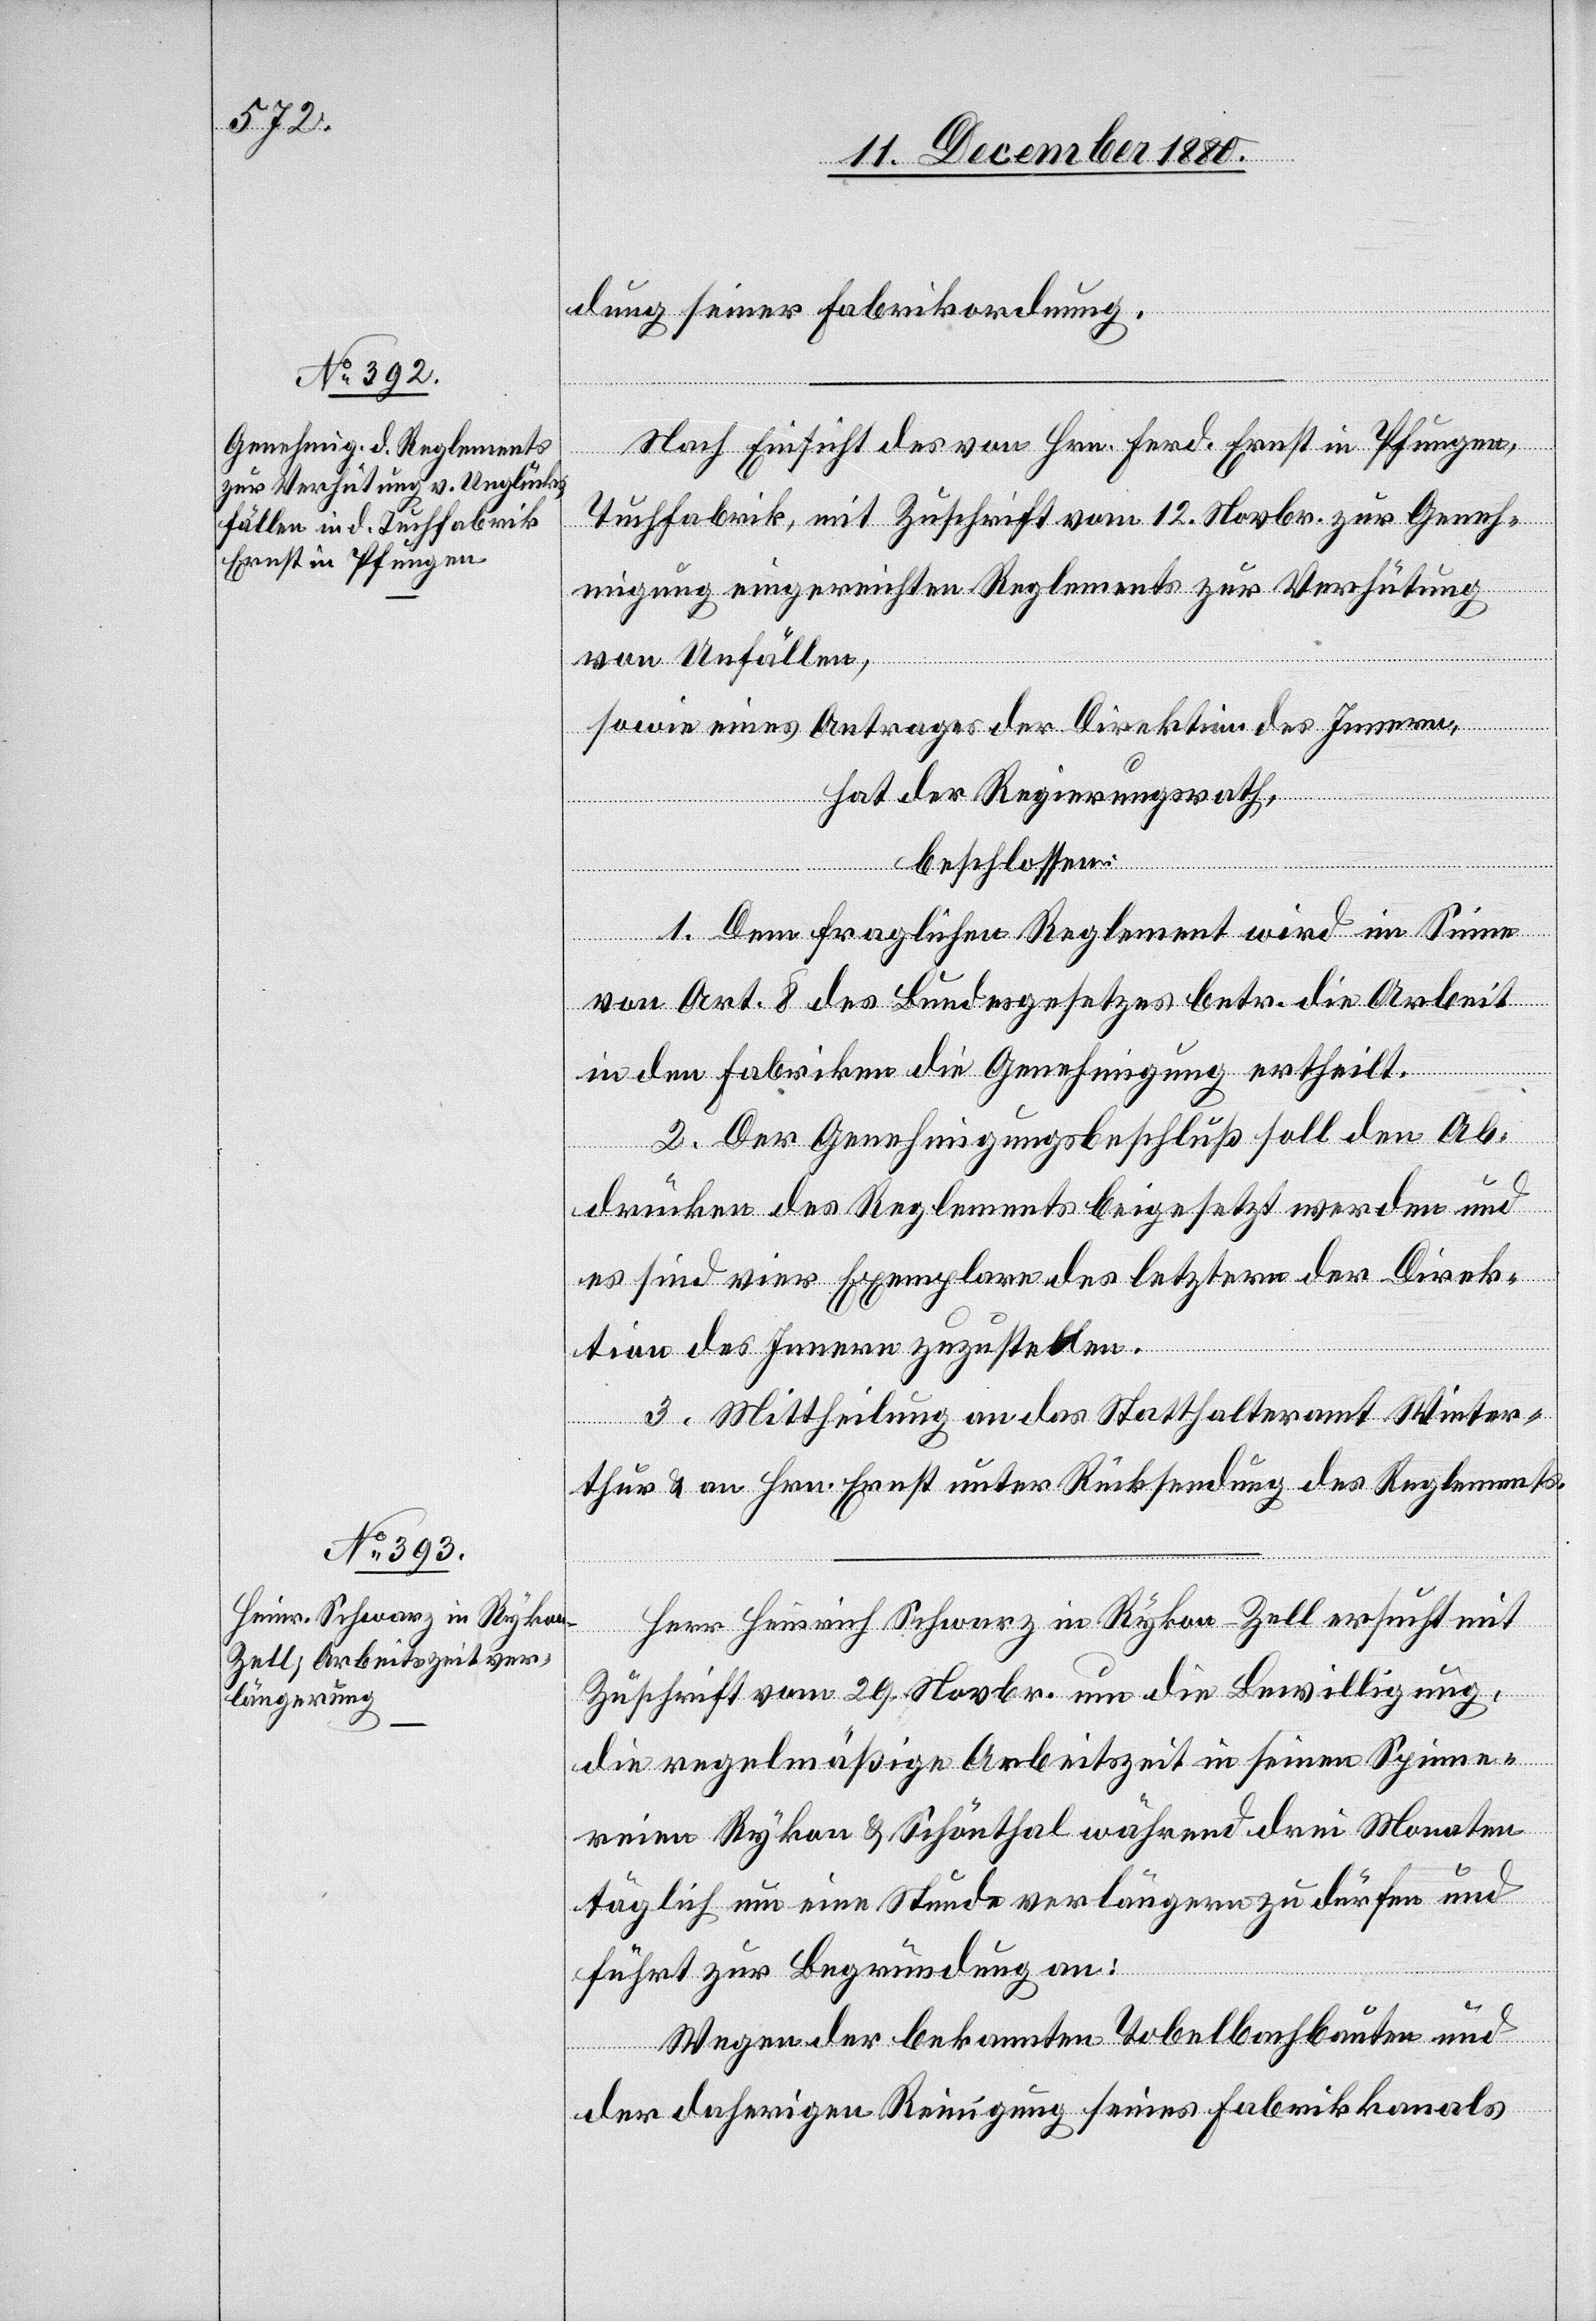
dung seiner Fabrikordnung.
Nach Einsicht des von Hrn. Ferd. Ernst in Pfungen,
Tuchfabrik, mit Zuschrift vom 12. Novbr. zur Geneh¬
migung eingereichten Reglements zur Verhütung
von Unfällen,
sowie eines Antrages der Direktion des Innern,
hat der Regierungsrath,
beschlossen:
1. Dem fraglichen Reglement wird im Sine
von Art. 8 des Bundesgesetzes betr. die Arbeit
in den Fabriken die Genehmigung ertheilt.
2. Der Genehmigungsbeschluß soll den Ab¬
drücken des Reglements beigesetzt werden und
es sind vier Exemplare des letztern der Direk¬
tion des Innern zuzustellen.
3. Mittheilung an das Statthalteramt Winter¬
thur & an Hrn. Ernst unter Rücksendung des Reglements.
Herr Heinrich Schwarz in Rykon - Zell ersucht mit
Zuschrift vom 29. Novbr. um die Bewilligung,
die regelmäßige Arbeitszeit in seinen Spinne¬
reien Rykon & Schönthal während drei Monaten
täglich um eine Stunde verlängern zu dürfen und
führt zur Begründung an:
Wegen der bekannten Tobelbachbauten und
der daherigen Reinigung seines Fabrikkanals